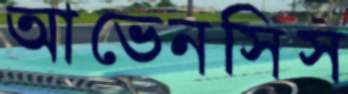
আভেনসিস